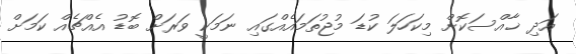
އަދި ޚާއްސަކޮށް މިކަހަލަ ކުޑަ މުޖުތަމައެއްގައި ނަމަކީ ވަރަށް ބޮޑު އެއްޗެއް ކަމަށް